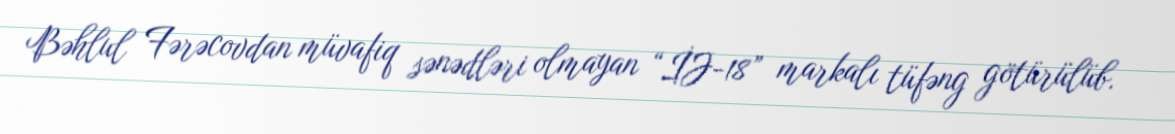
Bəhlul Fərəcovdan müvafiq sənədləri olmayan “İJ-18” markalı tüfəng götürülüb.